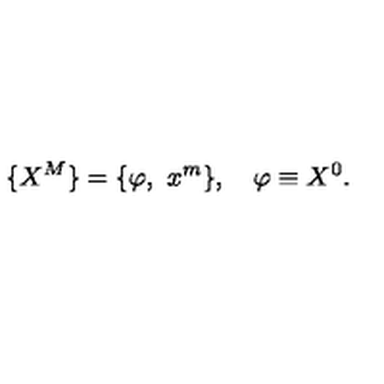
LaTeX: \{ X ^ { M } \} = \{ \varphi , \ x ^ { m } \} , \quad \varphi \equiv X ^ { 0 } .